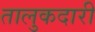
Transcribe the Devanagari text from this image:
तालुकदारी